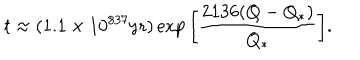
t \approx ( 1 . 1 \times 1 0 ^ { 8 3 7 } \mathrm { y r } ) \exp { \left[ { \frac { 2 1 3 6 ( Q - Q _ { * } ) } { Q _ { * } } } \right] } .